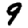
Digit: 9